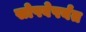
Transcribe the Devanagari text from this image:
सोपवेपर्यंत